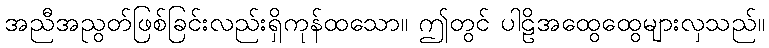
အညီအညွတ်ဖြစ်ခြင်းလည်းရှိကုန်ထသော။ ဤတွင် ပါဠိအထွေထွေများလှသည်။